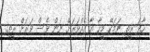
ހާދަ ރީތި ނަމަކޭ